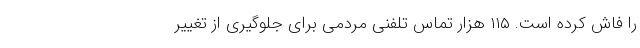
را فاش کرده است. ۱۱۵ هزار تماس تلفنی مردمی برای جلوگیری از تغییر